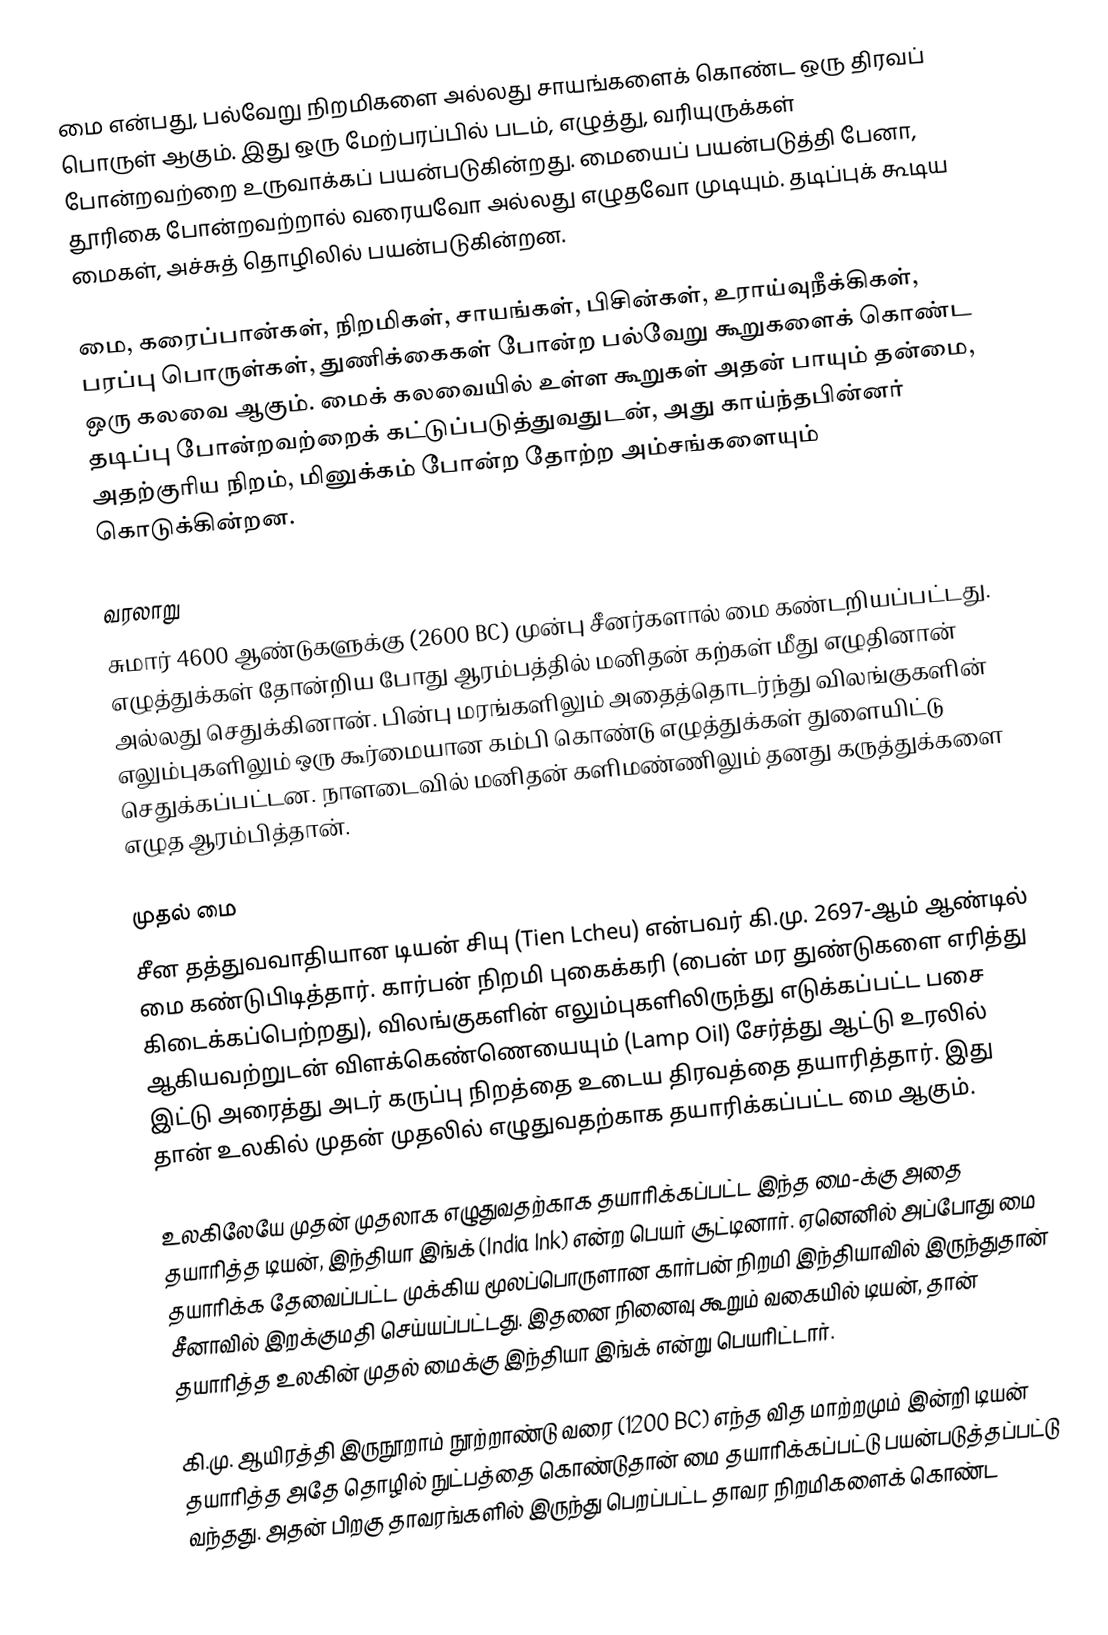
மை என்பது, பல்வேறு நிறமிகளை அல்லது சாயங்களைக் கொண்ட ஒரு திரவப் பொருள் ஆகும். இது ஒரு மேற்பரப்பில் படம், எழுத்து, வரியுருக்கள் போன்றவற்றை உருவாக்கப் பயன்படுகின்றது. மையைப் பயன்படுத்தி பேனா, தூரிகை போன்றவற்றால் வரையவோ அல்லது எழுதவோ முடியும். தடிப்புக் கூடிய மைகள், அச்சுத் தொழிலில் பயன்படுகின்றன.

மை, கரைப்பான்கள், நிறமிகள், சாயங்கள், பிசின்கள், உராய்வுநீக்கிகள், பரப்பு பொருள்கள், துணிக்கைகள் போன்ற பல்வேறு கூறுகளைக் கொண்ட ஒரு கலவை ஆகும். மைக் கலவையில் உள்ள கூறுகள் அதன் பாயும் தன்மை, தடிப்பு போன்றவற்றைக் கட்டுப்படுத்துவதுடன், அது காய்ந்தபின்னர் அதற்குரிய நிறம், மினுக்கம் போன்ற தோற்ற அம்சங்களையும் கொடுக்கின்றன.

வரலாறு
சுமார் 4600 ஆண்டுகளுக்கு (2600 BC) முன்பு சீனர்களால் மை கண்டறியப்பட்டது. எழுத்துக்கள் தோன்றிய போது ஆரம்பத்தில் மனிதன் கற்கள் மீது எழுதினான் அல்லது செதுக்கினான். பின்பு மரங்களிலும் அதைத்தொடர்ந்து விலங்குகளின் எலும்புகளிலும் ஒரு கூர்மையான கம்பி கொண்டு எழுத்துக்கள் துளையிட்டு செதுக்கப்பட்டன. நாளடைவில் மனிதன் களிமண்ணிலும்  தனது கருத்துக்களை எழுத ஆரம்பித்தான்.

முதல் மை
சீன தத்துவவாதியான டியன் சியு (Tien Lcheu) என்பவர் கி.மு. 2697-ஆம் ஆண்டில் மை கண்டுபிடித்தார். கார்பன் நிறமி  புகைக்கரி (பைன் மர துண்டுகளை  எரித்து கிடைக்கப்பெற்றது), விலங்குகளின் எலும்புகளிலிருந்து எடுக்கப்பட்ட பசை  ஆகியவற்றுடன் விளக்கெண்ணெயையும் (Lamp Oil) சேர்த்து ஆட்டு உரலில்  இட்டு அரைத்து அடர் கருப்பு நிறத்தை உடைய திரவத்தை தயாரித்தார். இது தான் உலகில் முதன் முதலில் எழுதுவதற்காக தயாரிக்கப்பட்ட மை ஆகும்.

உலகிலேயே முதன் முதலாக எழுதுவதற்காக தயாரிக்கப்பட்ட இந்த மை-க்கு அதை தயாரித்த டியன், இந்தியா இங்க் (India Ink) என்ற பெயர் சூட்டினார். ஏனெனில் அப்போது மை தயாரிக்க தேவைப்பட்ட முக்கிய மூலப்பொருளான கார்பன் நிறமி இந்தியாவில் இருந்துதான் சீனாவில் இறக்குமதி செய்யப்பட்டது. இதனை நினைவு கூறும் வகையில் டியன், தான் தயாரித்த உலகின் முதல் மைக்கு இந்தியா இங்க் என்று பெயரிட்டார்.

கி.மு. ஆயிரத்தி இருநூறாம் நூற்றாண்டு வரை (1200 BC) எந்த வித மாற்றமும் இன்றி டியன் தயாரித்த அதே தொழில் நுட்பத்தை கொண்டுதான் மை தயாரிக்கப்பட்டு பயன்படுத்தப்பட்டு வந்தது. அதன் பிறகு தாவரங்களில் இருந்து பெறப்பட்ட தாவர நிறமிகளைக் கொண்ட